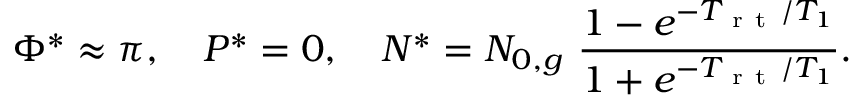
\Phi ^ { * } \approx \pi , \ \ \ P ^ { * } = 0 , \ \ \ N ^ { * } = N _ { 0 , g } \ \frac { 1 - e ^ { - T _ { \mathrm { ~ r ~ t ~ } } / T _ { 1 } } } { 1 + e ^ { - T _ { \mathrm { ~ r ~ t ~ } } / T _ { 1 } } } .